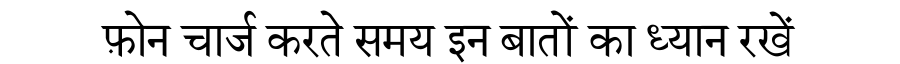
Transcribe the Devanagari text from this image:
फ़ोन चार्ज करते समय इन बातों का ध्यान रखें